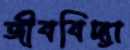
জীববিদ্যা